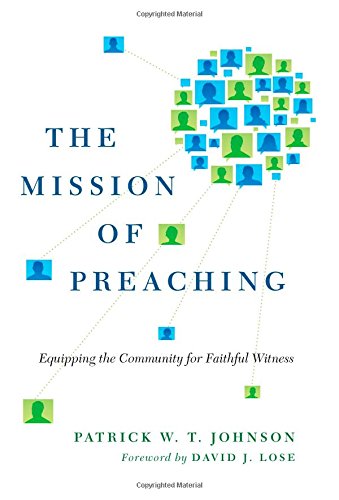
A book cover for The Mission of Preaching: Equipping the Community for Faithful Witness; Patrick W. T. Johnson; Christian Books & Bibles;